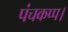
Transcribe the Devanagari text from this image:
पंचकप्प।